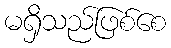
မရှိသည်ဖြစ်စေ